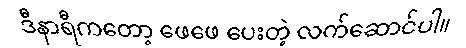
ဒီနာရီကတော့ ဖေဖေ ပေးတဲ့ လက်ဆောင်ပါ။